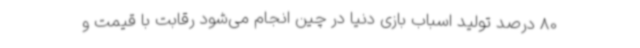
80 درصد تولید اسباب بازی دنیا در چین انجام می‌شود رقابت با قیمت و